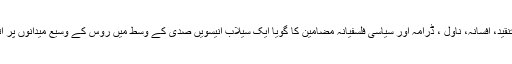
طنز، تنقید، افسانہ، ناول ، ڈرامہ اور سیاسی فلسفیانہ مضامین کا گویا ایک سیلاب انیسویں صدی کے وسط میں روس کے وسیع میدانوں پر اتر پڑا۔